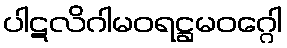
ပါဋလိဂါမဝရဋ္ဌမဝဂ္ဂေါ